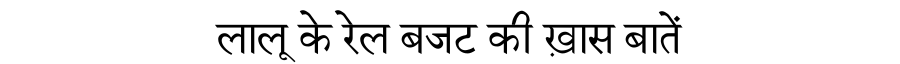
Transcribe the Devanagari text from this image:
लालू के रेल बजट की ख़ास बातें